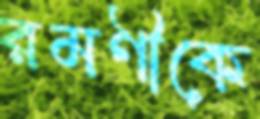
রমণীকে